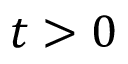
t > 0